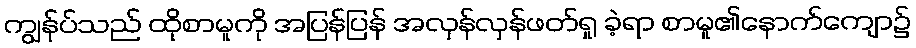
ကျွန်ုပ်သည် ထိုစာမူကို အပြန်ပြန် အလှန်လှန်ဖတ်ရှု ခဲ့ရာ စာမူ၏နောက်ကျော၌